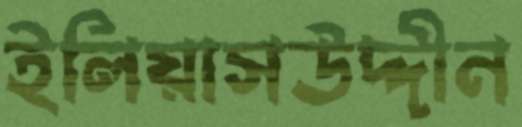
ইলিয়াসউদ্দীন